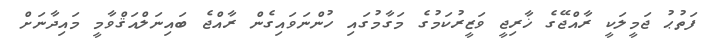
ފަތުޙު ޖަމީލަކީ ރާއްޖޭގެ ޚާރިޖީ ވަޒީރުކަމުގެ މަގާމުގައި ހުންނަވައިގެން ރާއްޖެ ބައިނަލްއަޤްވާމީ މައިދާނަށް